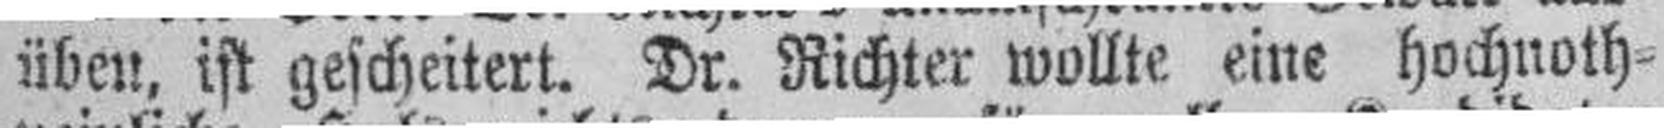
üben, ist gescheitert. Dr. Richter wollte eine hochnoth¬